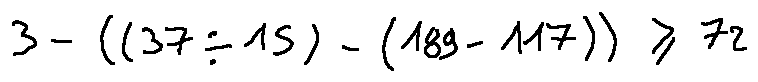
3 - ( ( 3 7 \div 1 5 ) - ( 1 8 9 - 1 1 7 ) ) \geq 7 2